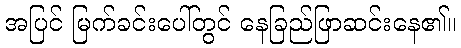
အပြင် မြက်ခင်းပေါ်တွင် နေခြည်ဖြာဆင်းနေ၏။